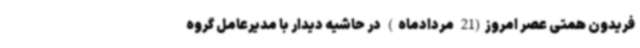
فریدون همتی عصر امروز(21 مردادماه) در حاشیه دیدار با مدیرعامل گروه